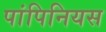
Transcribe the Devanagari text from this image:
पांपिनियस